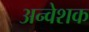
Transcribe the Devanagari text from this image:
अन्वेशक